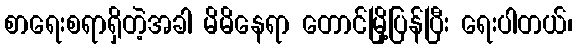
စာရေးစရာရှိတဲ့အခါ မိမိနေရာ တောင်မြို့ပြန်ပြီး ရေးပါတယ်၊